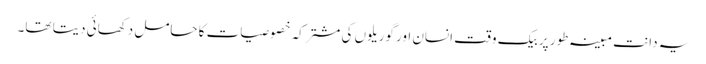
یہ دانت مبینہ طور پر بیک وقت انسان اور گوریلوں کی مشترکہ خصوصیات کا حامل دکھائی دیتا تھا۔